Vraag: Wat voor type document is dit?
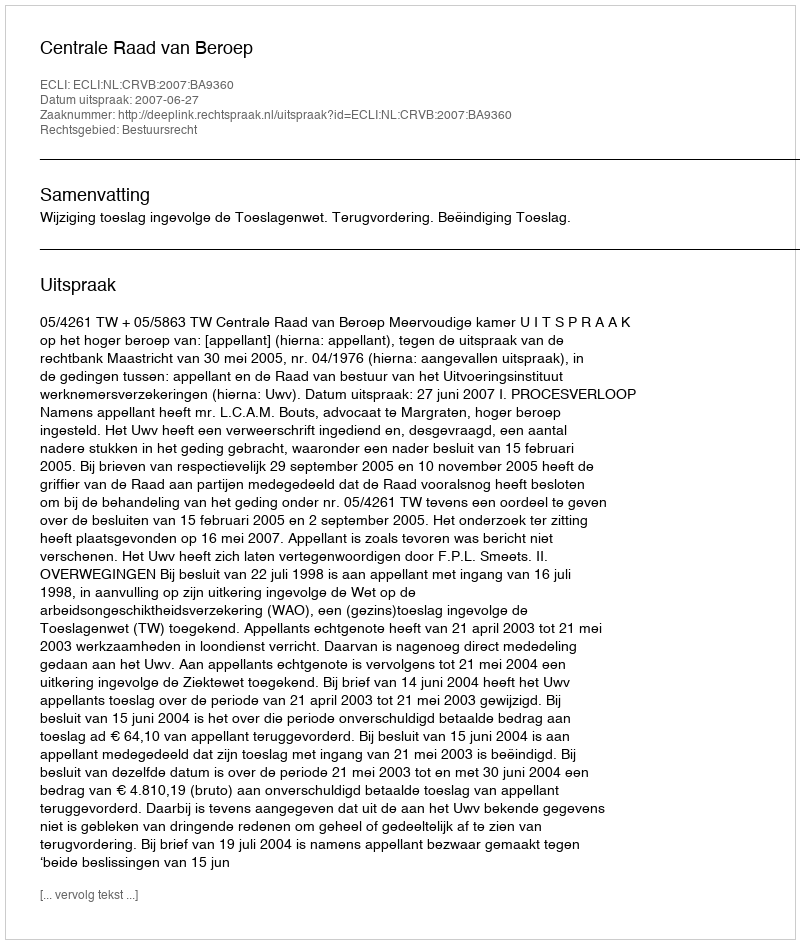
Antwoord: Uitspraak